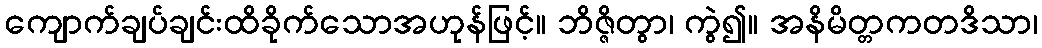
ကျောက်ချပ်ချင်းထိခိုက်သောအဟုန်ဖြင့်။ ဘိဇ္ဇိတွာ၊ ကွဲ၍။ အနိမိတ္တကတဒိသာ၊